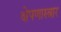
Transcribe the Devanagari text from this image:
क्षेपणास्त्रार